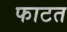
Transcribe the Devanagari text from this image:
फाटत